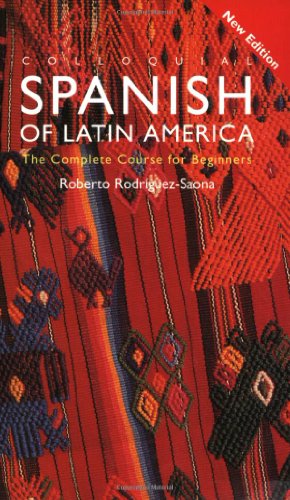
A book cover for Colloquial Spanish of Latin America (Colloquial Series); Roberto Carlos Rodriguez-Saona; Reference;